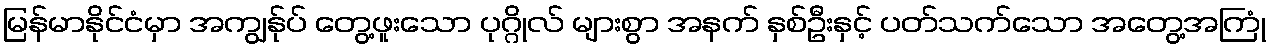
မြန်မာနိုင်ငံမှာ အကျွန်ုပ် တွေ့ဖူးသော ပုဂ္ဂိုလ် များစွာ အနက် နှစ်ဦးနှင့် ပတ်သက်သော အတွေ့အကြုံ